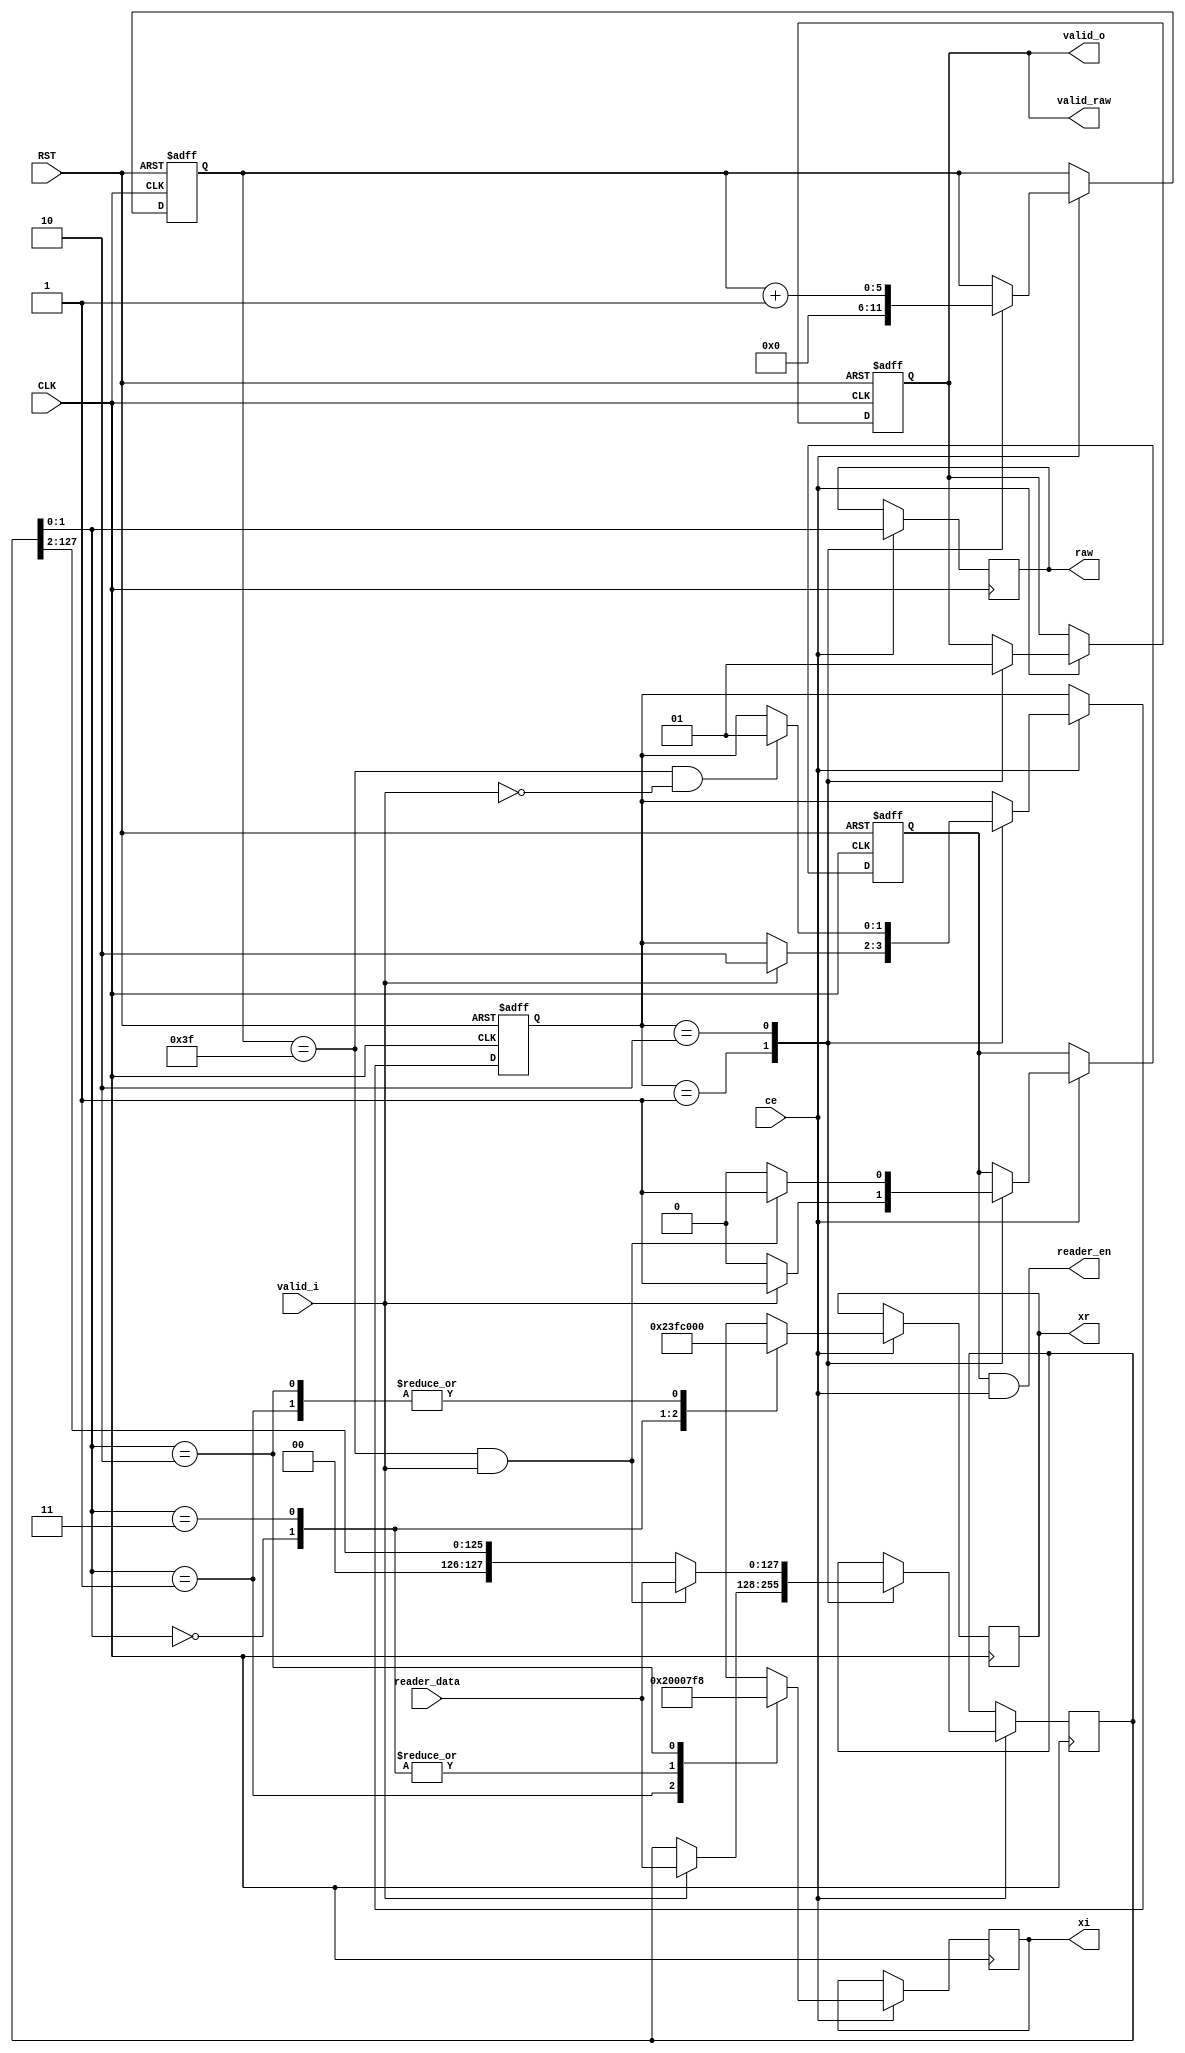
module iqmap_qpsk
  (
   input             CLK,
   input             RST,

   input             ce,
   
   input             valid_i,
   input [127:0]     reader_data,
   output            reader_en,

   output reg [10:0] xr,
   output reg [10:0] xi,
   output reg        valid_o,

   output            valid_raw,
   output [1:0]      raw
   );
   
`define SW 2
   localparam s_idle = `SW'b01;
   localparam s_active = `SW'b10;
   reg [`SW-1:0] state;
`undef SW

   reg [127:0]   d;

   localparam counter_top = 6'h3f;
   reg [5:0]     counter;

   reg           reader_en_r;

   assign reader_en = reader_en_r & ce;
   
   localparam zero = 11'sd0;
   localparam high = 11'sd8;
   localparam low  = -11'sd8;

   wire          fin = counter == counter_top && !valid_i;
   wire          next_chunk = counter == counter_top && valid_i;

   assign valid_raw = valid_o;

   always @(posedge CLK or negedge RST)
     if (!RST) begin
        state <= s_idle;
     end else begin
        if (ce)
          case (state)
            s_idle: 
              if (valid_i)
                state <= s_active;

            s_active:
              if (fin)
                state <= s_idle;

            default:;
          endcase
     end

   always @(posedge CLK)
     if (ce)
       case (state)
         s_idle:
           if (valid_i)
             d <= reader_data;

         s_active:
           if (next_chunk)
             d <= reader_data;
           else
             d <= {2'b0, d[127:2]};
         
         default: ;
       endcase

   always @(posedge CLK or negedge RST)
     if (!RST) begin
        counter <= 6'd0;
     end else begin
        if (ce)
          case (state)
            s_idle:
              counter <= 6'd0;
            
            s_active: 
              counter <= counter + 6'd1;

            default: ;
          endcase
     end // else: !if(!RST)

   always @(posedge CLK)
     if (ce)
       raw <= d[1:0];

   always @(posedge CLK)
     if (ce)
       case (d[1:0])
         2'b00: begin
            xr <= high;
            xi <= zero;
         end

         2'b01: begin
            xr <= zero;
            xi <= high;
         end

         2'b11: begin
            xr <= low;
            xi <= zero;
         end

         2'b10: begin
            xr <= zero;
            xi <= low;
         end
       endcase // case (d[1:0])
              
   always @(posedge CLK or negedge RST)
     if (!RST) begin
        valid_o <= 1'b0;
     end else begin
        if (ce)
          case (state)
            s_idle: 
              valid_o <= 1'b0;

            s_active:
              valid_o <= 1'b1;
            
            default: ;
          endcase
     end // else: !if(!RST)

   always @(posedge CLK or negedge RST)
     if (!RST) begin
        reader_en_r <= 1'b0;
     end else begin
        if (ce)
          case (state)
            s_idle: 
              if (valid_i)
                reader_en_r <= 1'b1;
              else
                reader_en_r <= 1'b0;

            s_active:
              if (next_chunk)
                reader_en_r <= 1'b1;
              else
                reader_en_r <= 1'b0;

            default: ;
          endcase
     end

endmodule